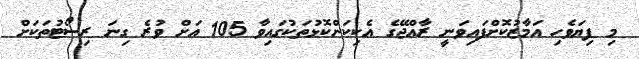
މި ފިޔަވެހި އަމާޒުކޮށްފައިވަނީ ރާއްޖޭގެ އެކިކަންކޮޅުތަކުގައިވާ 105 އަށް ވުރެ ގިނަ ރިސޯޓުތަކަށް